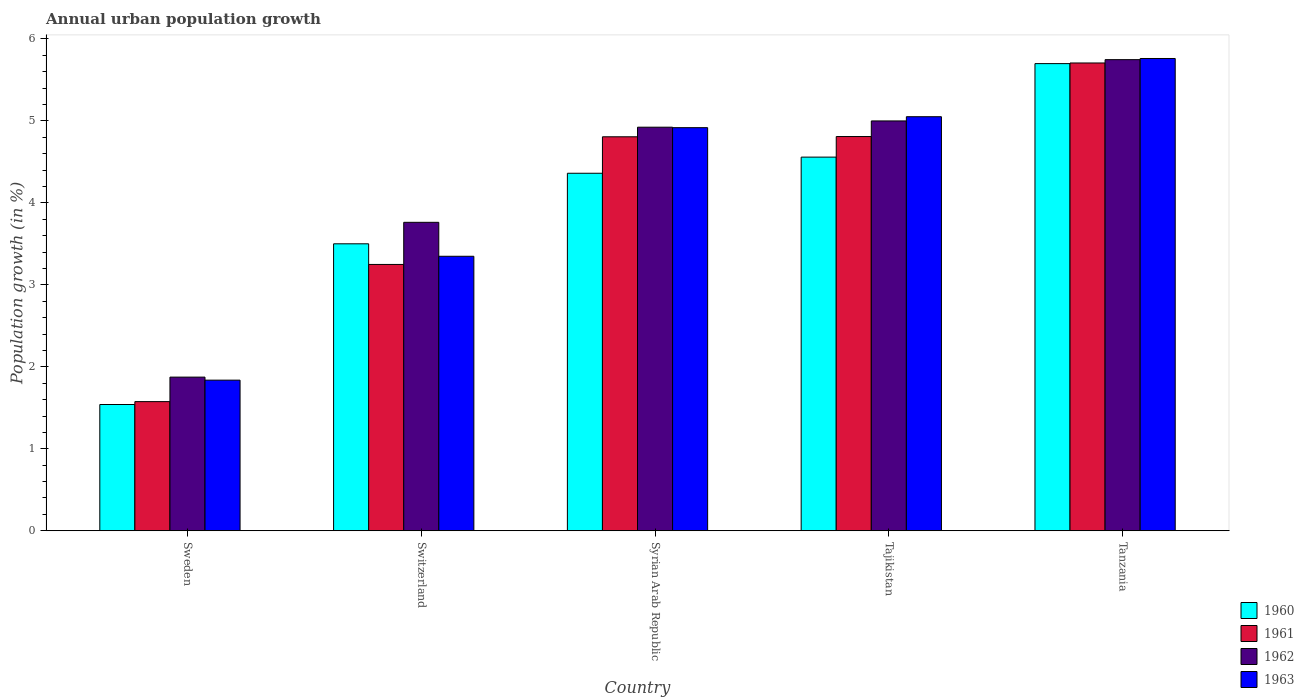
| Country | 1960 | 1961 | 1962 | 1963 |
 | --- | --- | --- | --- | --- |
 | Sweden | 1.54 | 1.58 | 1.87 | 1.84 |
 | Switzerland | 3.5 | 3.25 | 3.76 | 3.35 |
 | Syrian Arab Republic | 4.36 | 4.81 | 4.92 | 4.92 |
 | Tajikistan | 4.56 | 4.81 | 5 | 5.05 |
 | Tanzania | 5.7 | 5.71 | 5.75 | 5.76 |